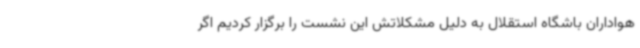
هواداران باشگاه استقلال به دلیل مشکلاتش این نشست را برگزار کردیم اگر